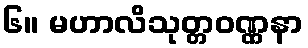
၆။ မဟာလိသုတ္တဝဏ္ဏနာ